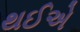
થઈએ